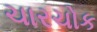
ચારચોક